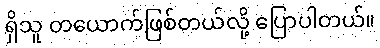
ရှိသူ တယောက်ဖြစ်တယ်လို့ ပြောပါတယ်။